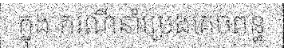
ក្នុង ករណីនាំប្រេងគេចពន្ធ